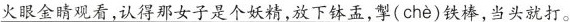
\underline{火眼金睛观看，认得那女子是个妖精，放下钵盂，掣( chè )铁棒，当头就打。}